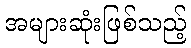
အများဆုံးဖြစ်သည့်